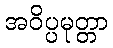
အဝိပ္ပမုတ္တာ